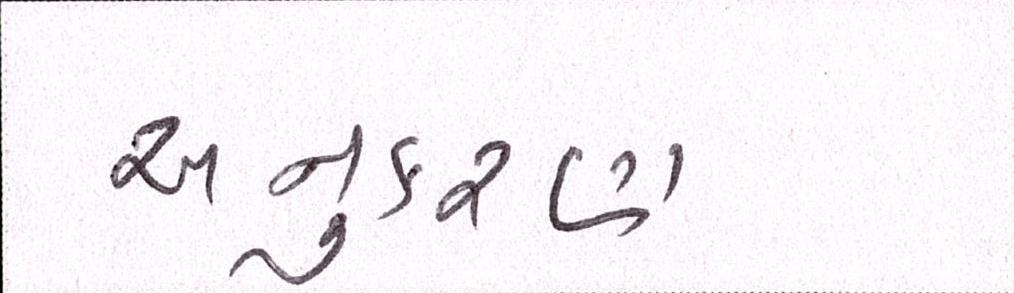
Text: અનુકરણ